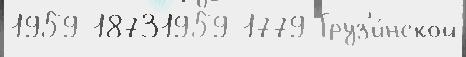
1959 18731959 1779 Груз'и́нской